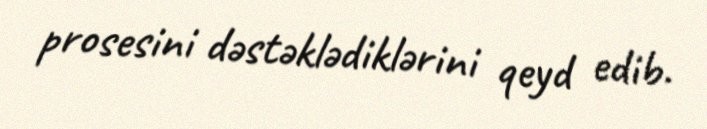
prosesini dəstəklədiklərini qeyd edib.